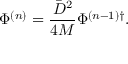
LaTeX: \Phi ^ { ( n ) } = \frac { \bar { D } ^ { 2 } } { 4 M } \Phi ^ { ( n - 1 ) \dagger } .